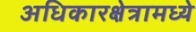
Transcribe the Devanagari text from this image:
अधिकारक्षेत्रामध्ये